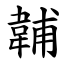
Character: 䪔